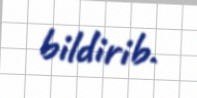
bildirib.